Annual vaccination report of Bihar and Orissa - 1911-1928
Year: 1911
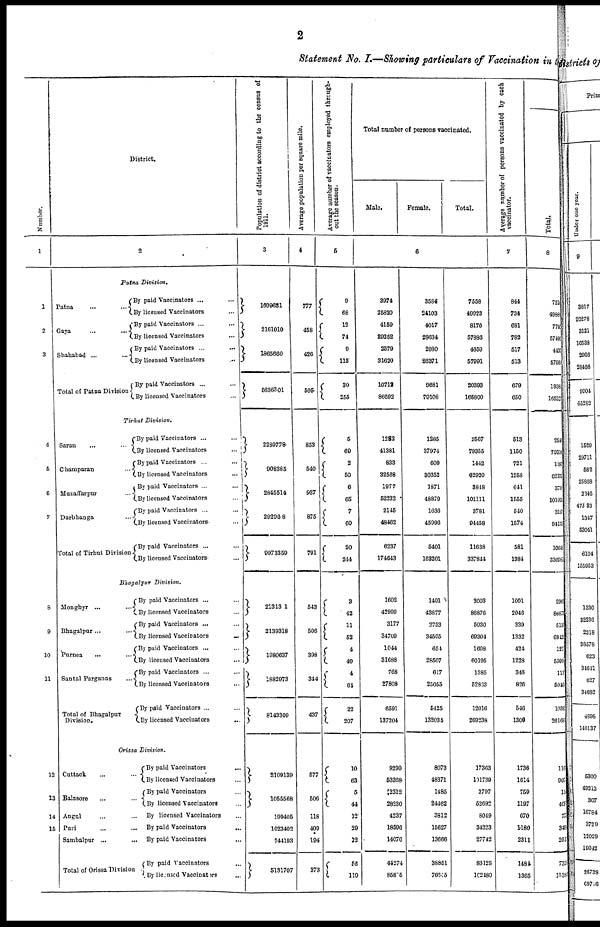
2
Statement No. I.—Showing particulars of Vaccination in the
Number.
1
1
2
3
4
5
6
7
8
9
10
11
12
13
14
15
District.
2
Patna
Division.
Patna ... ...
Gaya ... ...
Shahabad ... ...
Total of Patna Division
By paid Vaccinators ... ...
By licensed Vaccinators ...
By paid Vaccinators ... ...
By licensed Vaccinators ...
By paid Vaccinators ...
...
By licensed Vaccinators ...
By paid Vaccinators ... ...
By licensed Vaccinators ...
Tirhut
Division.
Saran ... ...
Champaran ...
Muzaffarpur ...
Darbhanga ...
Total of Tirhut Division
By paid Vaccinators ... ...
By licensed Vaccinators ...
By paid Vaccinators ... ...
By licensed Vaccinators
By paid Vaccinators ...
By licensed Vaccinators ...
By paid Vaccinators ... ...
By licensed Vaccinators ...
By paid Vaccinators ... ...
By licensed Vaccinators ...
Bhagalpur
Division.
Monghyr ... ...
Bhagalpur... ...
Purnea
... ...
Santal Parganas ...
Total of Bhagalpur
Division.
By paid Vaccinators ... ...
By licensed Vaccinators ...
By paid Vaccinators ... ...
By licensed Vaccinators
...
By paid Vaccinators ...
By licensed Vaccinators ...
By paid Vaccinators ...
By licensed Vaccinators ...
By paid Vaccinators ...
By licensed Vaccinators
...
Orissa
Division.
Cuttack ... ...
Balasore ... ...
Angul ... ...
Puri ... ...
Sambalpur ... ...
Total of Orissa Division
By paid Vaccinators ...
By licensed Vaccinators ...
By paid Vaccinators ...
By licensed Vaccinators ...
By licensed Vaccinators
By paid Vaccinators
...
By paid Vaccinators ...
By paid Vaccinators ...
By licensed Vaccinators ...
Population of district according to the census of
1911.
3
1609631
2161010
1865660
5636301
2289778
908385
2845514
2929608
9973359
2131301
2139318
1980637
1882973
8143309
2109139
1055568
199406
1023402
744193
5131707
Average population per square mile.
4
777
458
426
585
853
540
937
875
791
543
506
398
344
437
577
506
118
409
194
373
Average number of vaccinators employed through-
out the season.
5
9
68
12
74
9
113
30
255
5
69
2
50
6
65
7
60
20
244
3
42
11
52
4
49
4
64
22
207
10
63
5
44
12
29
12
56
119
Total number of persons vaccinated.
Male.
Female.
Total.
6
3974
25820
4159
29252
2579
31620
10712
86692
1282
41381
833
32588
1977
52332
2145
48462
6237
174643
1602
42999
3177
34709
1044
31688
768
27808
6591
137204
9290
63368
2312
28230
4237
18696
14076
44274
86806
3584
24103
4017
28634
2080
26371
9681
79108
1285
37974
609
30362
1871
48879
1636
45096
5401
163201
1401
43877
2753
34595
654
28507
617
25055
5425
132034
8073
48371
1485
24462
3812
15627
13666
38851
76645
7558
49923
8176
57886
4659
57991
20393
165800
2567
79355
1442
62920
3848
101111
3781
94458
11638
337844
3003
86876
5930
69304
1698
60195
1385
52833
12016
269238
17363
101739
3797
52692
8049
34223
27742
83125
102480
Average number of persons vaccinated by each
vaccinator.
7
844
734
681
782
517
513
679
650
513
1150
721
1258
641
1555
540
1574
581
1384
1001
2046
339
1332
424
1228
346
826
546
1300
1736
1614
759
1197
670
1180
2311
1484
1365
Total.
8
721
4988
774
5749
443
5796
1938
16532
252
70316
1197
62375
3718
101095
3187
94175
1068
336981
2903
86871
5155
6845
121
5599
111
5040
10395
26168
116
907
11
408
77
3405
261
735
15381